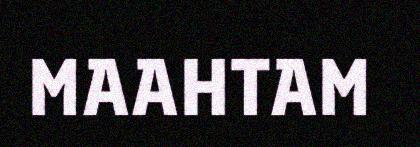
MAAHTAM